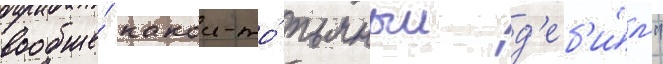
вообще́ какои-то́ пьяныи д'еб'и́л"